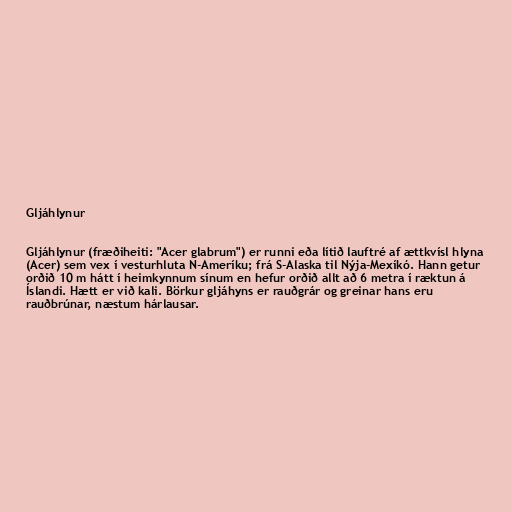
Gljáhlynur

Gljáhlynur (fræðiheiti: "Acer glabrum") er runni eða lítið lauftré af ættkvísl hlyna
(Acer) sem vex í vesturhluta N-Ameríku; frá S-Alaska til Nýja-Mexíkó. Hann getur
orðið 10 m hátt í heimkynnum sínum en hefur orðið allt að 6 metra í ræktun á
Íslandi. Hætt er við kali. Börkur gljáhyns er rauðgrár og greinar hans eru
rauðbrúnar, næstum hárlausar.